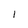
Character: 1